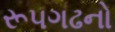
રૂ૫ગઢનો